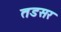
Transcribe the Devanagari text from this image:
तडसर